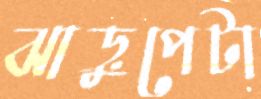
ঝাড়ুপেটা